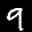
Label: 9